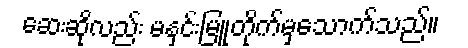
ဆေးဆိုလည်း မနှင်းမြူတိုက်မှသောက်သည်။